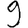
Digit: 9